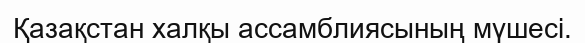
Қазақстан халқы ассамблиясының мүшесі.